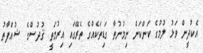
އެކުދީން ވަޅު ލުމުގެ ކަންކަން ނިމުނުތާ ގަޑިތަކެއްގެ ތެރޭގައި އިރުމަތީ ޤުދުސްގެ ޝުޢްފާތު